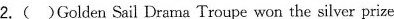
2.( )Golden Sail Drama Troupe won the silver prize